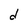
Character: d